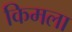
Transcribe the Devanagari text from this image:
किमला